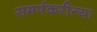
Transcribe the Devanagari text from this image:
समर्पकरीत्या